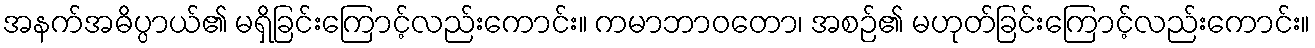
အနက်အဓိပ္ပာယ်၏ မရှိခြင်းကြောင့်လည်းကောင်း။ ကမာဘာဝတော၊ အစဉ်၏ မဟုတ်ခြင်းကြောင့်လည်းကောင်း။